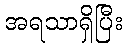
အရသာရှိပြီး